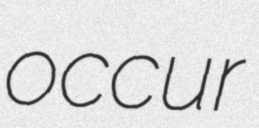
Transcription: occur